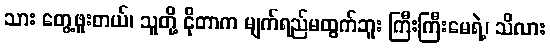
သား တွေ့ဖူးတယ်၊ သူတို့ ငိုတာက မျက်ရည်မထွက်ဘူး ကြီးကြီးမေရဲ့၊ သိလား